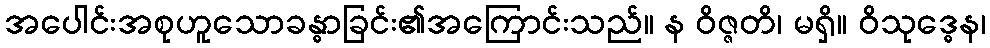
အပေါင်းအစုဟူသောခန္ဓာခြင်း၏အကြောင်းသည်။ န ဝိဇ္ဇတိ၊ မရှိ။ ဝိသုဒ္ဓေန၊